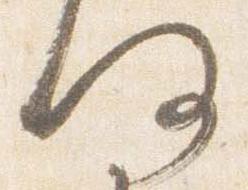
何